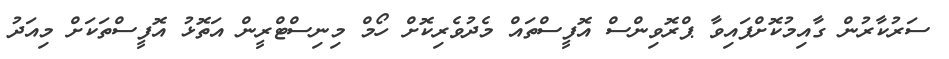
ސަރުކާރުން ގާއިމުކޮށްފައިވާ ޕްރޮވިންސް އޮފީސްތައް މެދުވެރިކޮށް ހޯމް މިނިސްޓްރީން އަތޮޅު އޮފީސްތަކަށް މިއަދު